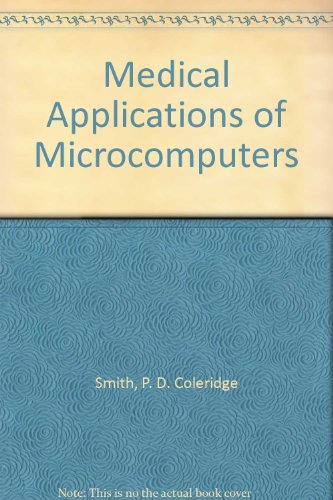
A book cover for Medical Applications of Microcomputers; P. D. Coleridge Smith; Medical Books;